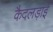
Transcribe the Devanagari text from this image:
कैदलड़ाई